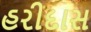
હરીદાસ